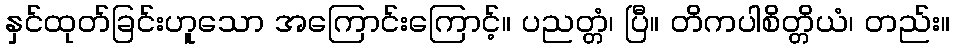
နှင်ထုတ်ခြင်းဟူသော အကြောင်းကြောင့်။ ပညတ္တံ၊ ပြီ။ တိကပါစိတ္တိယံ၊ တည်း။